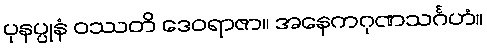
ပုနပ္ပုနံ ဝဿတိ ဒေဝရာဇာ။ အနေကဂုဏသင်္ဂဟံ။